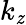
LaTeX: k_{\mathit{z}}